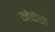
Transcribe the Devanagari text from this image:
मेदेस